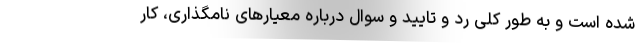
شده است و به طور کلی رد و تایید و سوال درباره معیارهای نامگذاری، کار